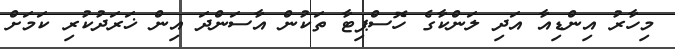
މިހާރު އިންޑިއާ އަދި ލަންކާގެ ހޮސްޕިޓާ ތަކުން އާސަންދަ އިން ޚަރަދުކުރި ކަމަށް